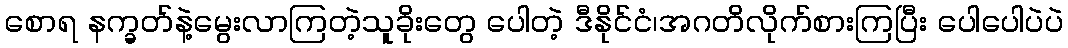
စောရ နက္ခတ်နဲ့မွေးလာကြတဲ့သူခိုးတွေ ပေါတဲ့ ဒီနိုင်ငံ၊အဂတိလိုက်စားကြပြီး ပေါပေါပဲပဲ